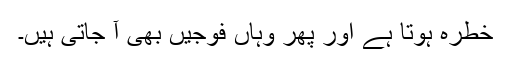
خطرہ ہوتا ہے اور پھر وہاں فوجیں بھی آ جاتی ہیں۔